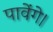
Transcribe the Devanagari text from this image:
पावेंगे।